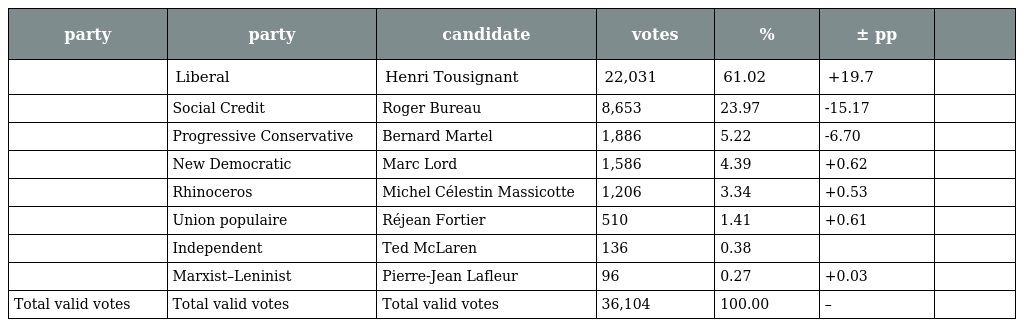
| party | party | candidate | votes | % | ± pp |  |
 | --- | --- | --- | --- | --- | --- | --- |
 |  | Liberal | Henri Tousignant | 22,031 | 61.02 | +19.7 |  |
 |  | Social Credit | Roger Bureau | 8,653 | 23.97 | -15.17 |  |
 |  | Progressive Conservative | Bernard Martel | 1,886 | 5.22 | -6.70 |  |
 |  | New Democratic | Marc Lord | 1,586 | 4.39 | +0.62 |  |
 |  | Rhinoceros | Michel Célestin Massicotte | 1,206 | 3.34 | +0.53 |  |
 |  | Union populaire | Réjean Fortier | 510 | 1.41 | +0.61 |  |
 |  | Independent | Ted McLaren | 136 | 0.38 |  |  |
 |  | Marxist–Leninist | Pierre-Jean Lafleur | 96 | 0.27 | +0.03 |  |
 | Total valid votes | Total valid votes | Total valid votes | 36,104 | 100.00 | – |  |